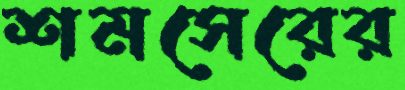
শমসেরের